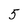
Character: 5